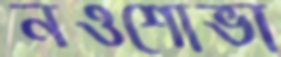
নওশোভা